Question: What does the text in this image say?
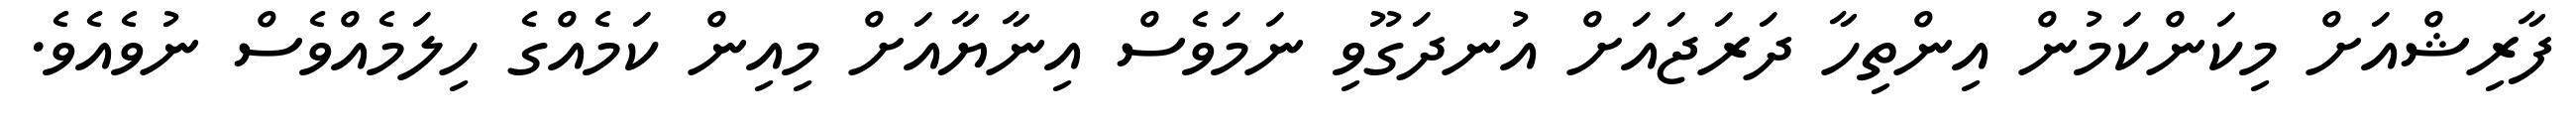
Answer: ފާރިޝްއަށް މިކަންކަމުން އިންތިހާ ދަރަޖައަށް އުނދަގޫވި ނަމަވެސް އިނާޔާއަށް މިއިން ކަމެއްގެ ހިލަމެއްވެސް ނުވެއެވެ.